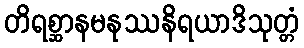
တိရစ္ဆာနမနုဿနိရယာဒိသုတ္တံ